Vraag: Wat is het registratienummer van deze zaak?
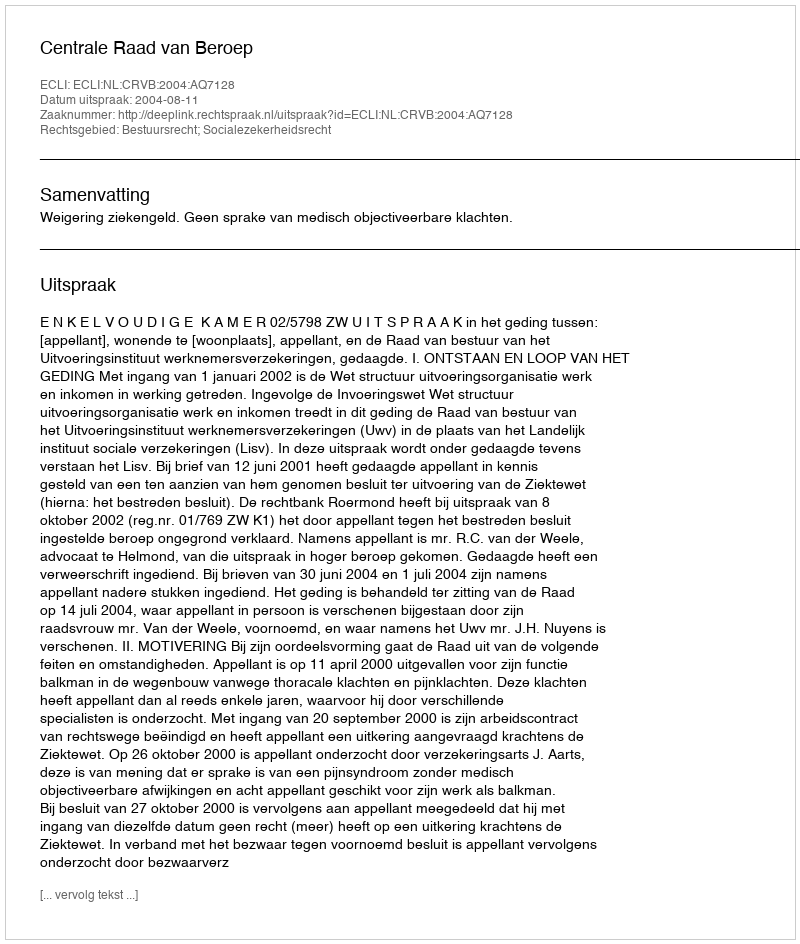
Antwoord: http://deeplink.rechtspraak.nl/uitspraak?id=ECLI:NL:CRVB:2004:AQ7128